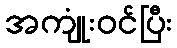
အကျုံးဝင်ပြီး